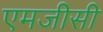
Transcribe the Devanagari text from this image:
एमजीसी